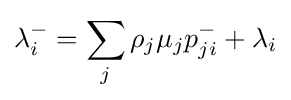
\lambda _{i}^{-}=\sum _{j}\rho _{j}\mu _{j}p_{ji}^{-}+\lambda _{i}